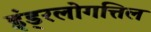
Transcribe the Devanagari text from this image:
इंड्रलोगत्तिल